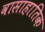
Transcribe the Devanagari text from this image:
वासाहातिक